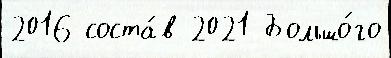
2016 соста́в 2021 Большо́го